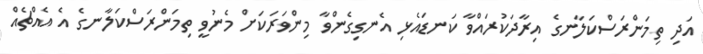
އަދި ތިމަންރަސްކަލާނގެ އިރާދަކުރައްވާ ކަނޑައެޅި އެނގިގެންވާ މިންވަރަކަށް މެނުވީ ތިމަންރަސްކަލާނގެ އެ އެއްޗެއް